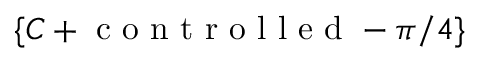
\{ C + \mathrm { ~ c ~ o ~ n ~ t ~ r ~ o ~ l ~ l ~ e ~ d ~ } - \pi / 4 \}